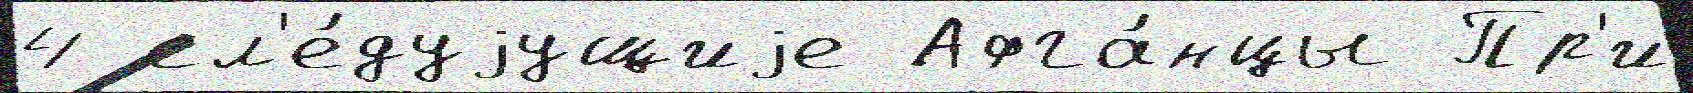
4 сл'е́дуjущиjе Афга́нцы Пр'и